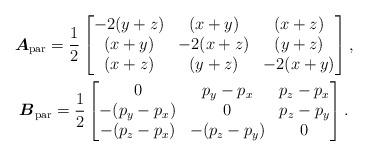
LaTeX: \begin{gather*}\boldsymbol{A}_{\rm par}=\frac{1}{2}\left[\begin{matrix}-2(y+z)&(x+y)&(x+z)\\(x+y)&-2(x+z)&(y+z)\\(x+z)&(y+z)&-2(x+y)\end{matrix}\right ] ,\\\boldsymbol{B}_{\rm par}=\frac{1}{2}\left[\begin{matrix}0&p_y-p_x&p_z-p_x\\-(p_y-p_x)&0&p_z-p_y\\-(p_z-p_x)&-(p_z-p_y)&0\end{matrix}\right ] .\end{gather*}